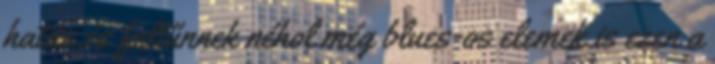
hatás.és feltűnnek néhol még blues-os elemek is ezen a